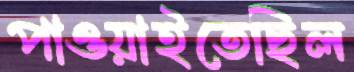
পাওয়াইতেছিল